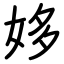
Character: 姼